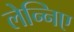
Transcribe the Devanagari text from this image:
लेन्निए